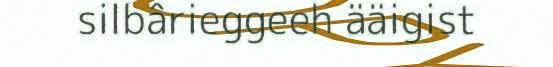
silbârieggeeh ääigist